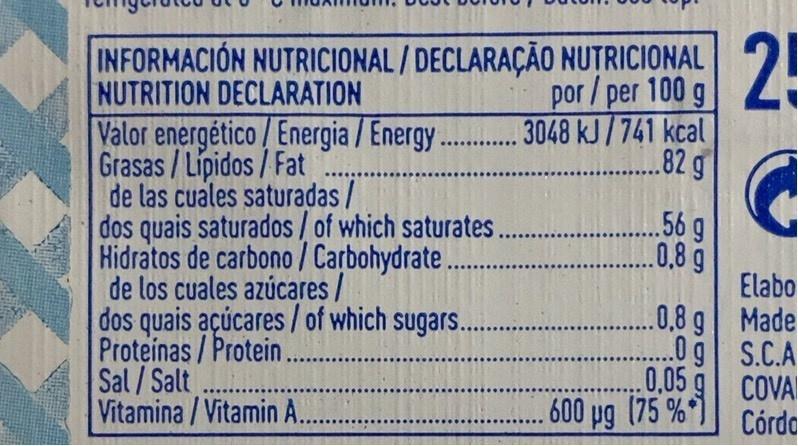
25
INFORMACIÓN NUTRICIONAL/DECLARAÇÃO NUTRICIONAL NUTRITION DECLARATION Valor energético/ Energia / Energy. Grasas/Lipidos/Fat de las cuales saturadas / dos quais saturados / of which saturates. Hidratos de carbono/ Carbohydrate. de los cuales azúcares/ dos quais açúcares / of which sugars... Proteinas/Protein. Sal/Salt... Vitamina / Vitamin A..
por/per 100 g 3048 kJ/741 kcal .82 g
.56g .0.8g
Elabo .0,8g Made 0g S.C.A COVA Córdo
.0,05
600 pg (75 %*
106